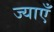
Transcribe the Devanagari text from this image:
ज्याएँ